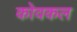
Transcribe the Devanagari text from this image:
कोवकल